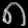
Digit: ၈